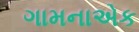
ગામનાએક